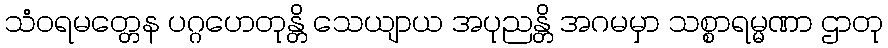
သံဝရမတ္တေန ပဂ္ဂဟေတုန္တိ သေယျာယ အပုညန္တိ အဂမမှာ သစ္စာရမ္မဏာ ဌာတု